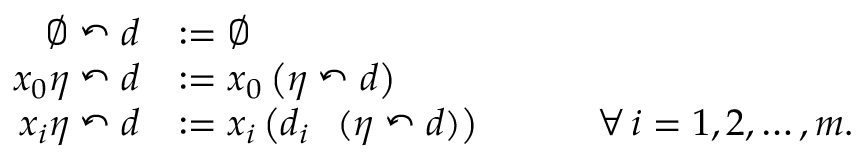
\begin{array} { r l } { \emptyset \curvearrowleft d } & { : = \emptyset } \\ { x _ { 0 } \eta \curvearrowleft d } & { : = x _ { 0 } \left( \eta \curvearrowleft d \right) } \\ { x _ { i } \eta \curvearrowleft d } & { : = x _ { i } \left( d _ { i } \shuffle ( \eta \curvearrowleft d ) \right) \quad \qquad \forall \, i = 1 , 2 , \ldots , m . } \end{array}